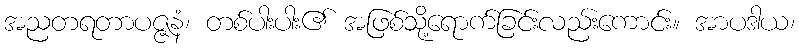
အညတရတာပဇ္ဇနံ၊ တစ်ပါးပါး၏ အဖြစ်သို့ရောက်ခြင်းလည်းကောင်း။ အာပဒါယ၊